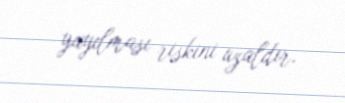
yayılması riskini azaldır.